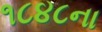
૧૮૪૮ના